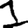
Digit: 1